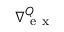
\nabla { } _ { \mathrm { ~ e ~ x ~ } } ^ { Q }